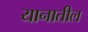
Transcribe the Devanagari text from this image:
यानातील